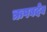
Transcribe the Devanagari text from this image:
ऋषबदेव